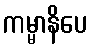
ကမ္မာနိပေ